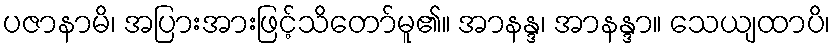
ပဇာနာမိ၊ အပြားအားဖြင့်သိတော်မူ၏။ အာနန္ဒ၊ အာနန္ဒာ။ သေယျထာပိ၊